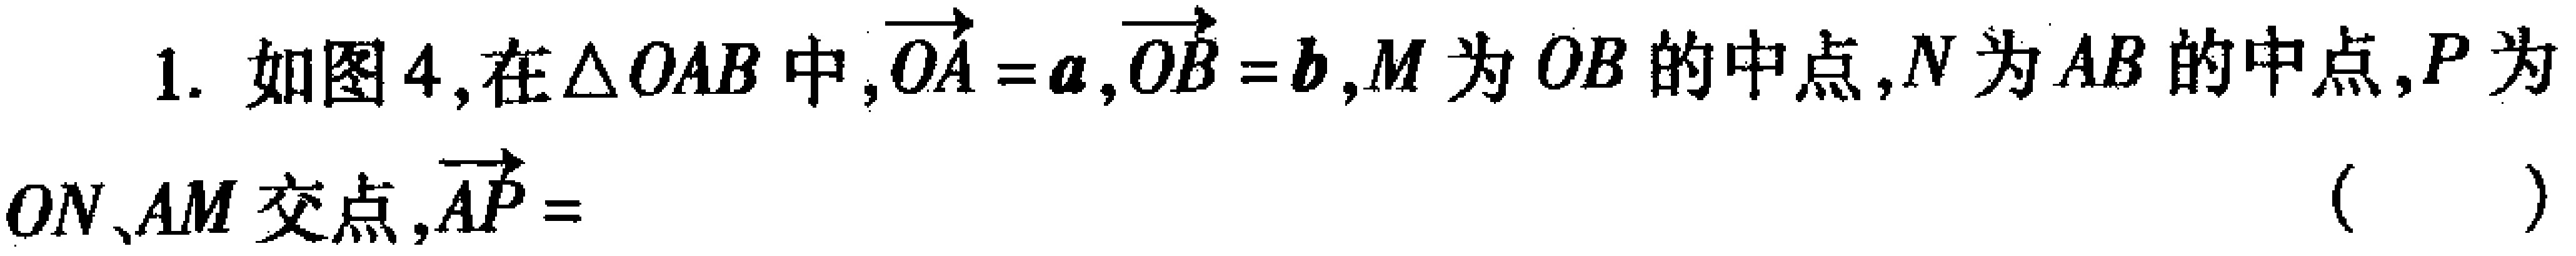
1. 如图4,在$\triangle OAB$中,$\overrightarrow{OA} =\boldsymbol{a},\overrightarrow{OB} =\boldsymbol{b}$,$M$为$OB$的中点,$N$为$AB$的中点,$P$为$ON、AM$交点,$\overrightarrow{AP}=$（  ）